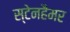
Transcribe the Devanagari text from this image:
स्टेनहैमर